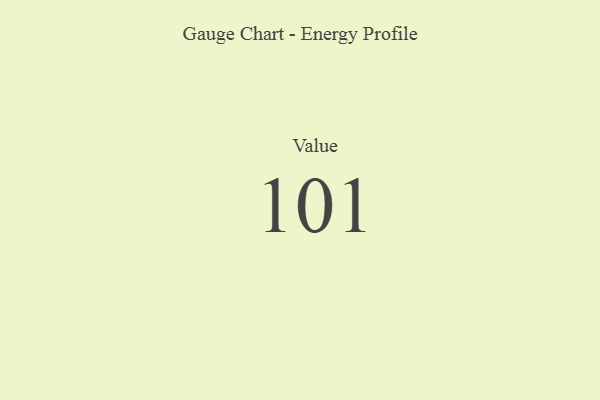
{"axis": {"x": "Metric", "y": "Value"}, "legend": [""], "data": [{"x": "Value", "y": 101, "type": ""}]}